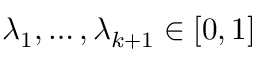
\lambda _ { 1 } , \dots , \lambda _ { k + 1 } \in [ 0 , 1 ]